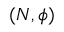
( N , \phi )